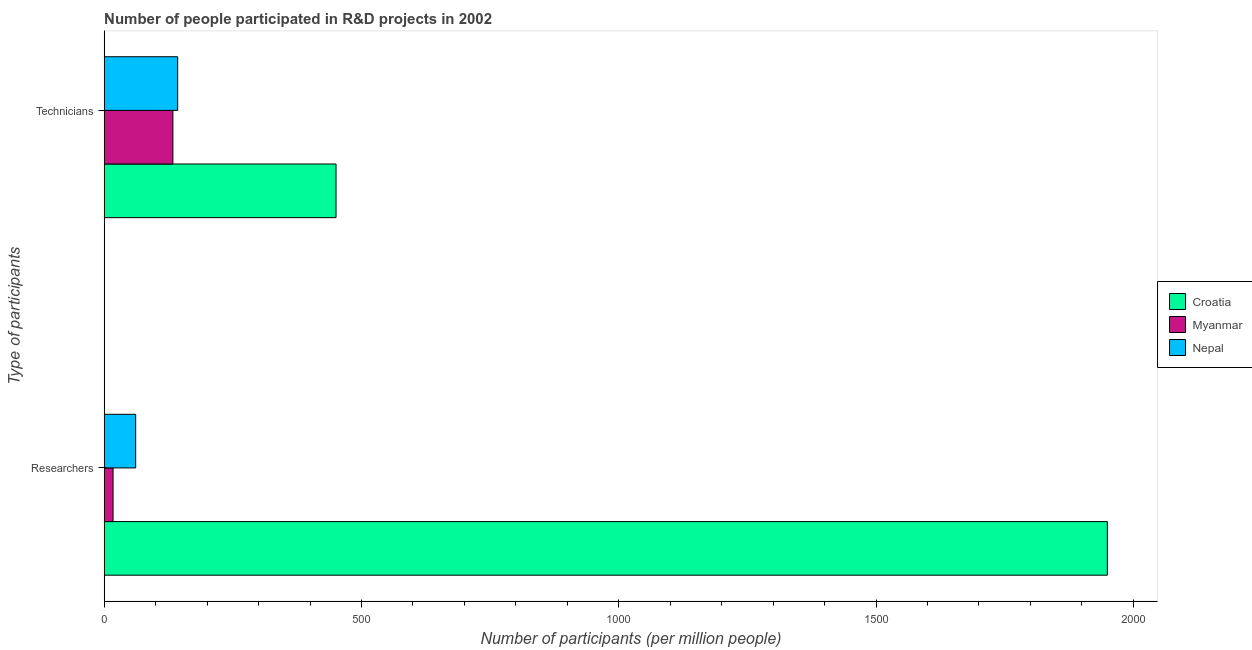
| Type of participants | Croatia | Myanmar | Nepal |
 | --- | --- | --- | --- |
 | Researchers | 1.95e+03 | 17.2 | 61.2 |
 | Technicians | 451 | 133 | 143 |